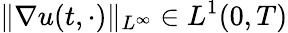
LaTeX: \| \nabla u(t,\cdot)\| _{L^{\infty}}\in L^{1}(0,T)